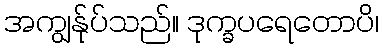
အကျွန်ုပ်သည်။ ဒုက္ခပရေတောပိ၊